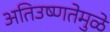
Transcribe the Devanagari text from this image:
अतिउष्णतेमुळे